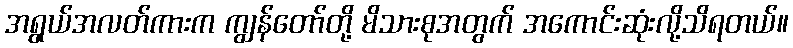
အရွယ်အလတ်ကားက ကျွန်တော်တို့ မိသားစုအတွက် အကောင်းဆုံးလို့သိရတယ်။